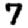
Digit: 7